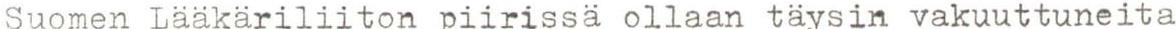
Suomen Lääkäriliiton piirissä ollaan täysin vakuuttuneita